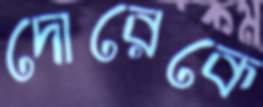
দোরেকে